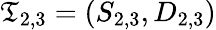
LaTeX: \mathfrak{T}_{2,3}=(S_{2,3},D_{2,3})